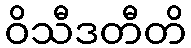
ဝိသီဒတီတိ